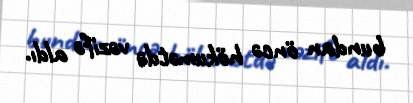
bundan öncə hökumətdə vəzifə aldı.